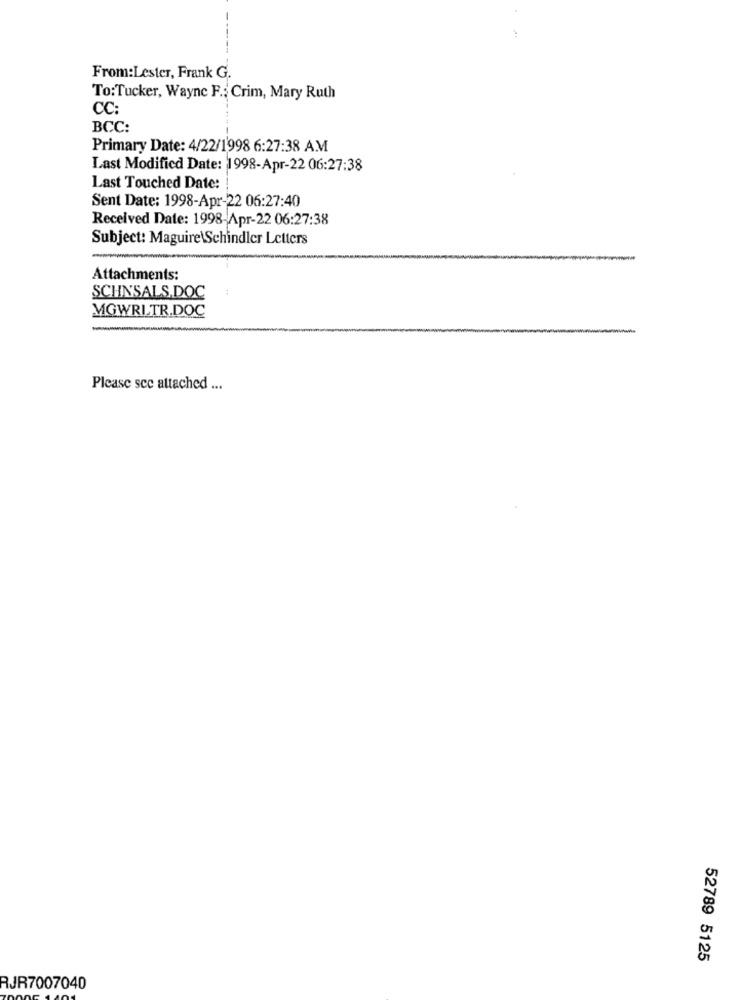
From:Lester, Frank G.
To:Tucker, Wayne F .: Crim, Mary Ruth
CC:
BCC:
Primary Date: 4/22/1998 6:27:38 AM
Last Modified Date: 1998-Apr-22 06:27:38
Last Touched Date:
Sent Date: 1998-Apr-22 06:27:40
Received Date: 1998-Apr-22 06:27:38
Subject: Maguire\Schindler Letters
Attachments:
SCHNSALS.DOC
MGWRLTR.DOC
Please see attached ...
52789 5125
RJR7007040